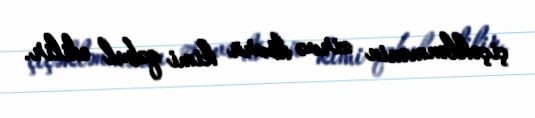
çiçəklənmənin zirvə dövrü kimi qəbul edilir.